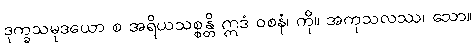
ဒုက္ခသမုဒယော စ အရိယသစ္စန္တိ ဣဒံ ဝစနံ၊ ကို။ အကုသလဿ၊ သော။